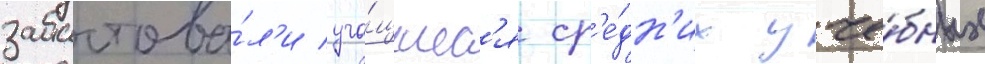
забастова́л'и уча́щиес'я ср'е́дн'их уче́бных